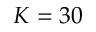
K = 3 0